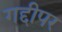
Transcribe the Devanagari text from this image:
गद्दीपर